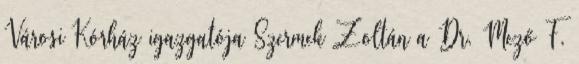
Városi Kórház igazgatója Szermek Zoltán a Dr. Mező F.